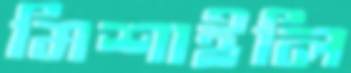
মিশাইলি